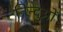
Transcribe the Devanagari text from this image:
निन्दुओं